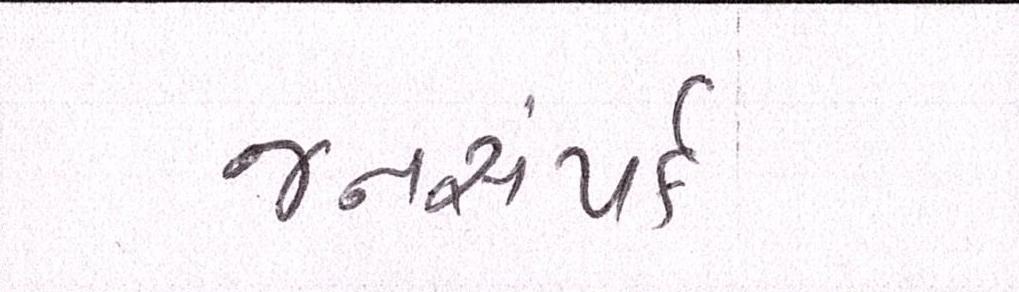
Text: જનસંપર્ક